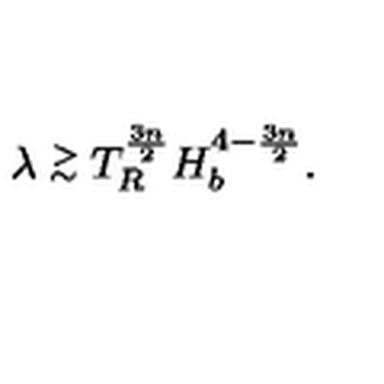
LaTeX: \lambda \stackrel { > } { _ \sim } T _ { R } ^ { \frac { 3 n } { 2 } } H _ { b } ^ { 4 - \frac { 3 n } { 2 } } .